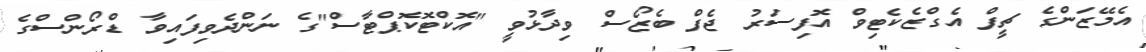
އެމޭޒަންގެ ޗީފް އެގްޒެކެޓިވް އޮފިސަރު ޖެފް ބެޒޯސް ވިދާޅުވީ "އޮކްޓޮކޮޕްޓާސް"ގެ ނަންދެވިފައިވާ ޑްރޯންސްގެ